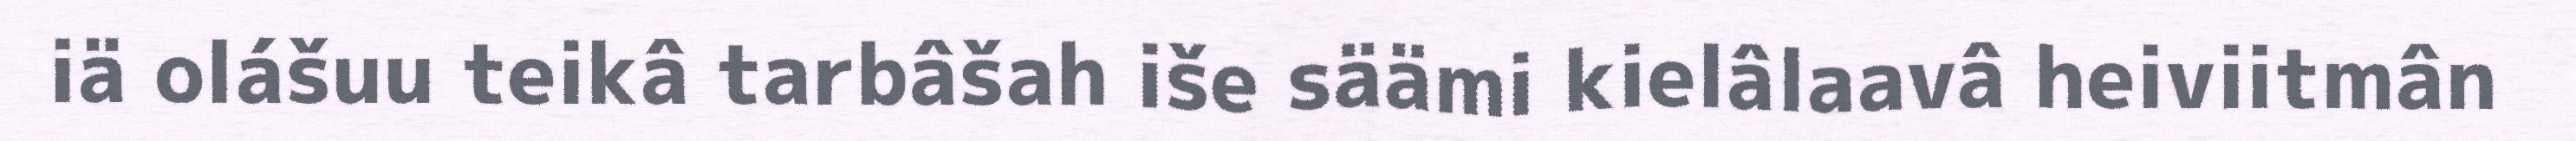
iä olášuu teikâ tarbâšah iše säämi kielâlaavâ heiviitmân